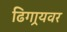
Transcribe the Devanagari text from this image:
ढिगार्‍यवर